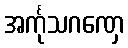
အင်္ကုသဂဏှေ